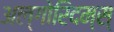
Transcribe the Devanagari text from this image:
अल्गोरिदम्स्